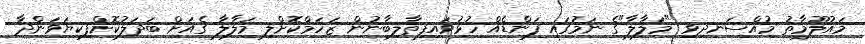
މައުލޫމާތު މުއްސަނދިވި "މަލާލާ"ގެ ނަމުގައި ފަންޑެއް ހުޅުވައިފިތާލިބާނުން ޒަހަމްކޮށްލި މަލާލާ ގެއަށް ބަދަލުކޮށްފިކިޔަވަންދާ